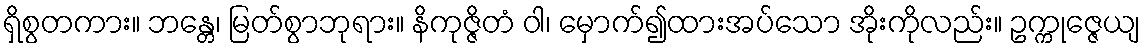
ရှိစွတကား။ ဘန္တေ၊ မြတ်စွာဘုရား။ နိကုဇ္ဇိတံ ဝါ၊ မှောက်၍ထားအပ်သော အိုးကိုလည်း။ ဥက္ကုဇ္ဇေယျ